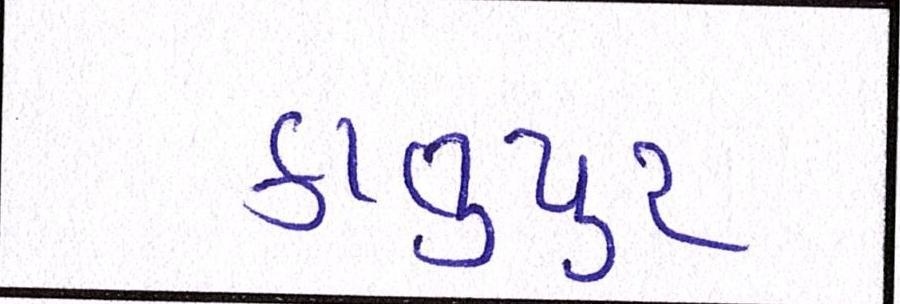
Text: કાલુપુર